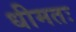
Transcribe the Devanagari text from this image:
धीमतः